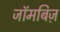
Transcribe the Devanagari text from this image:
जॉमबिज़